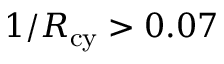
1 / R _ { \mathrm { c y } } > 0 . 0 7